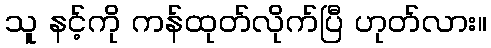
သူ နင့်ကို ကန်ထုတ်လိုက်ပြီ ဟုတ်လား။